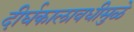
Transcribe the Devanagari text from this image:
दीर्घकालावधीमुळे